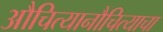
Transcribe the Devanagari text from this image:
औचित्यानौचित्याचा